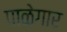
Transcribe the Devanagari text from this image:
पाळेगार